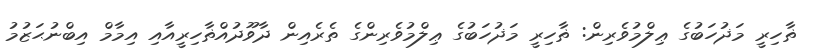
ޡާހިރީ މަޛުހަބުގެ ޢިލްމުވެރިން: ޡާހިރީ މަޛުހަބުގެ ޢިލްމުވެރިންގެ ތެރެއިން ދާވޫދުއްޡާހިރީއާއި އިމާމް އިބްނުޙަޒުމު